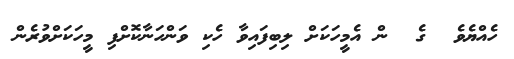
ހެއްޔެވެ  ގެ  ން އެމީހަކަށް ލިބިފައިވާ ހެކި ވަންހަނާކޮށްފި މީހަކަށްވުރެން